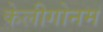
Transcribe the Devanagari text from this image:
केलीगोनम